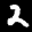
Label: 2